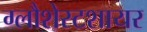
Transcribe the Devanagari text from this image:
ग्लौशेस्टशायर